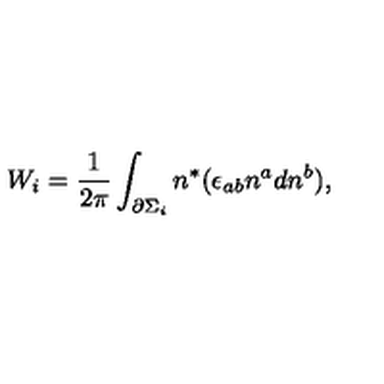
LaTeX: W _ { i } = \frac 1 { 2 \pi } \int _ { \partial \Sigma _ { i } } n ^ { * } ( \epsilon _ { a b } n ^ { a } d n ^ { b } ) ,